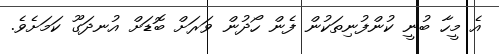
އެ މީހާ ބުނީ ކުންފުނިތަކުން ފެން ހޯދުން ވަރަށް ބޮޑަށް އުނދަގޫ ކަމަށެވެ.